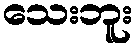
သေးဘူး